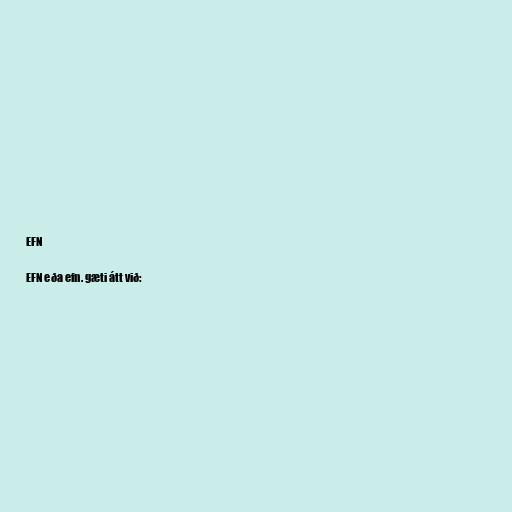
EFN

EFN eða efn. gæti átt við: